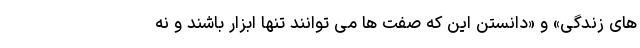
های زندگی» و «دانستن این که صفت ها می توانند تنها ابزار باشند و نه